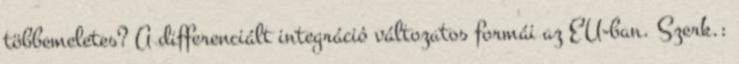
többemeletes? A differenciált integráció változatos formái az EU-ban. Szerk.: